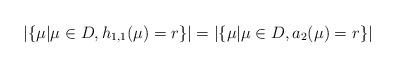
LaTeX: \begin{align*}|\{\mu| \mu \in D, h_{1,1}(\mu)=r\}| = |\{\mu| \mu \in D, a_2(\mu)=r\}|\end{align*}